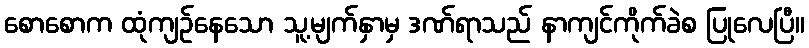
စောစောက ထုံကျဉ်နေသော သူ့မျက်နှာမှ ဒဏ်ရာသည် နာကျင်ကိုက်ခဲစ ပြုလေပြီ။